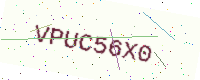
Text: VPUC56X0